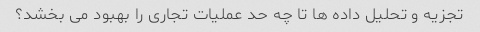
تجزیه و تحلیل داده ها تا چه حد عملیات تجاری را بهبود می بخشد؟